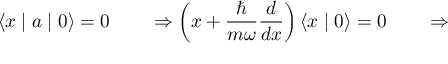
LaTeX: \left\langle x \mid a \mid 0 \right\rangle = 0 \qquad \Rightarrow \left( x + { \frac { \hbar } { m \omega } } { \frac { d } { d x } } \right) \left\langle x \mid 0 \right\rangle = 0 \qquad \Rightarrow